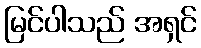
မြင်ပါသည် အရှင်